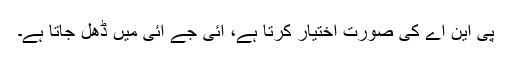
پی این اے کی صورت اختیار کرتا ہے، آئی جے آئی میں ڈھل جاتا ہے۔